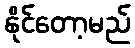
နိုင်တော့မည်